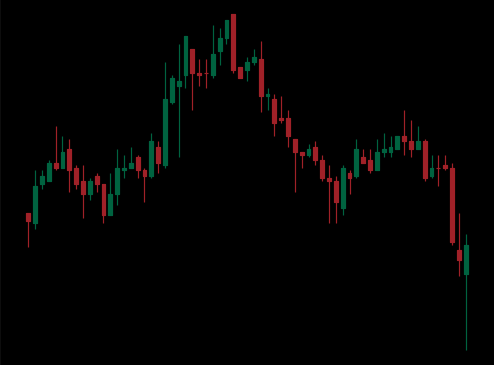
Pattern: head_shoulders